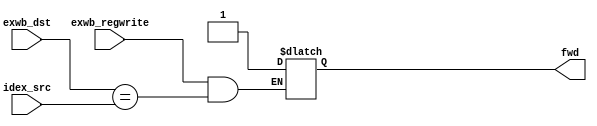
`timescale 1ns / 1ps
//////////////////////////////////////////////////////////////////////////////////
// Forwarding Unit
//
//////////////////////////////////////////////////////////////////////////////////


module forwarding_unit(
    input exwb_regwrite,
    input exwb_dst,
    input idex_src,
    output reg fwd
    );
    
    always@(*)
    begin
    if(exwb_regwrite == 1 && exwb_dst == idex_src)
    begin
    fwd <= 1;
    end
    end
    
endmodule